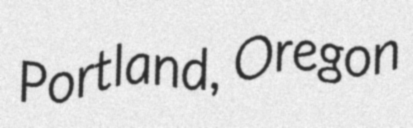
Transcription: Portland, Oregon